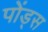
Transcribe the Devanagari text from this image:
पोंड्स